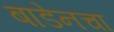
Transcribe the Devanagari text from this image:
बाडेनचा